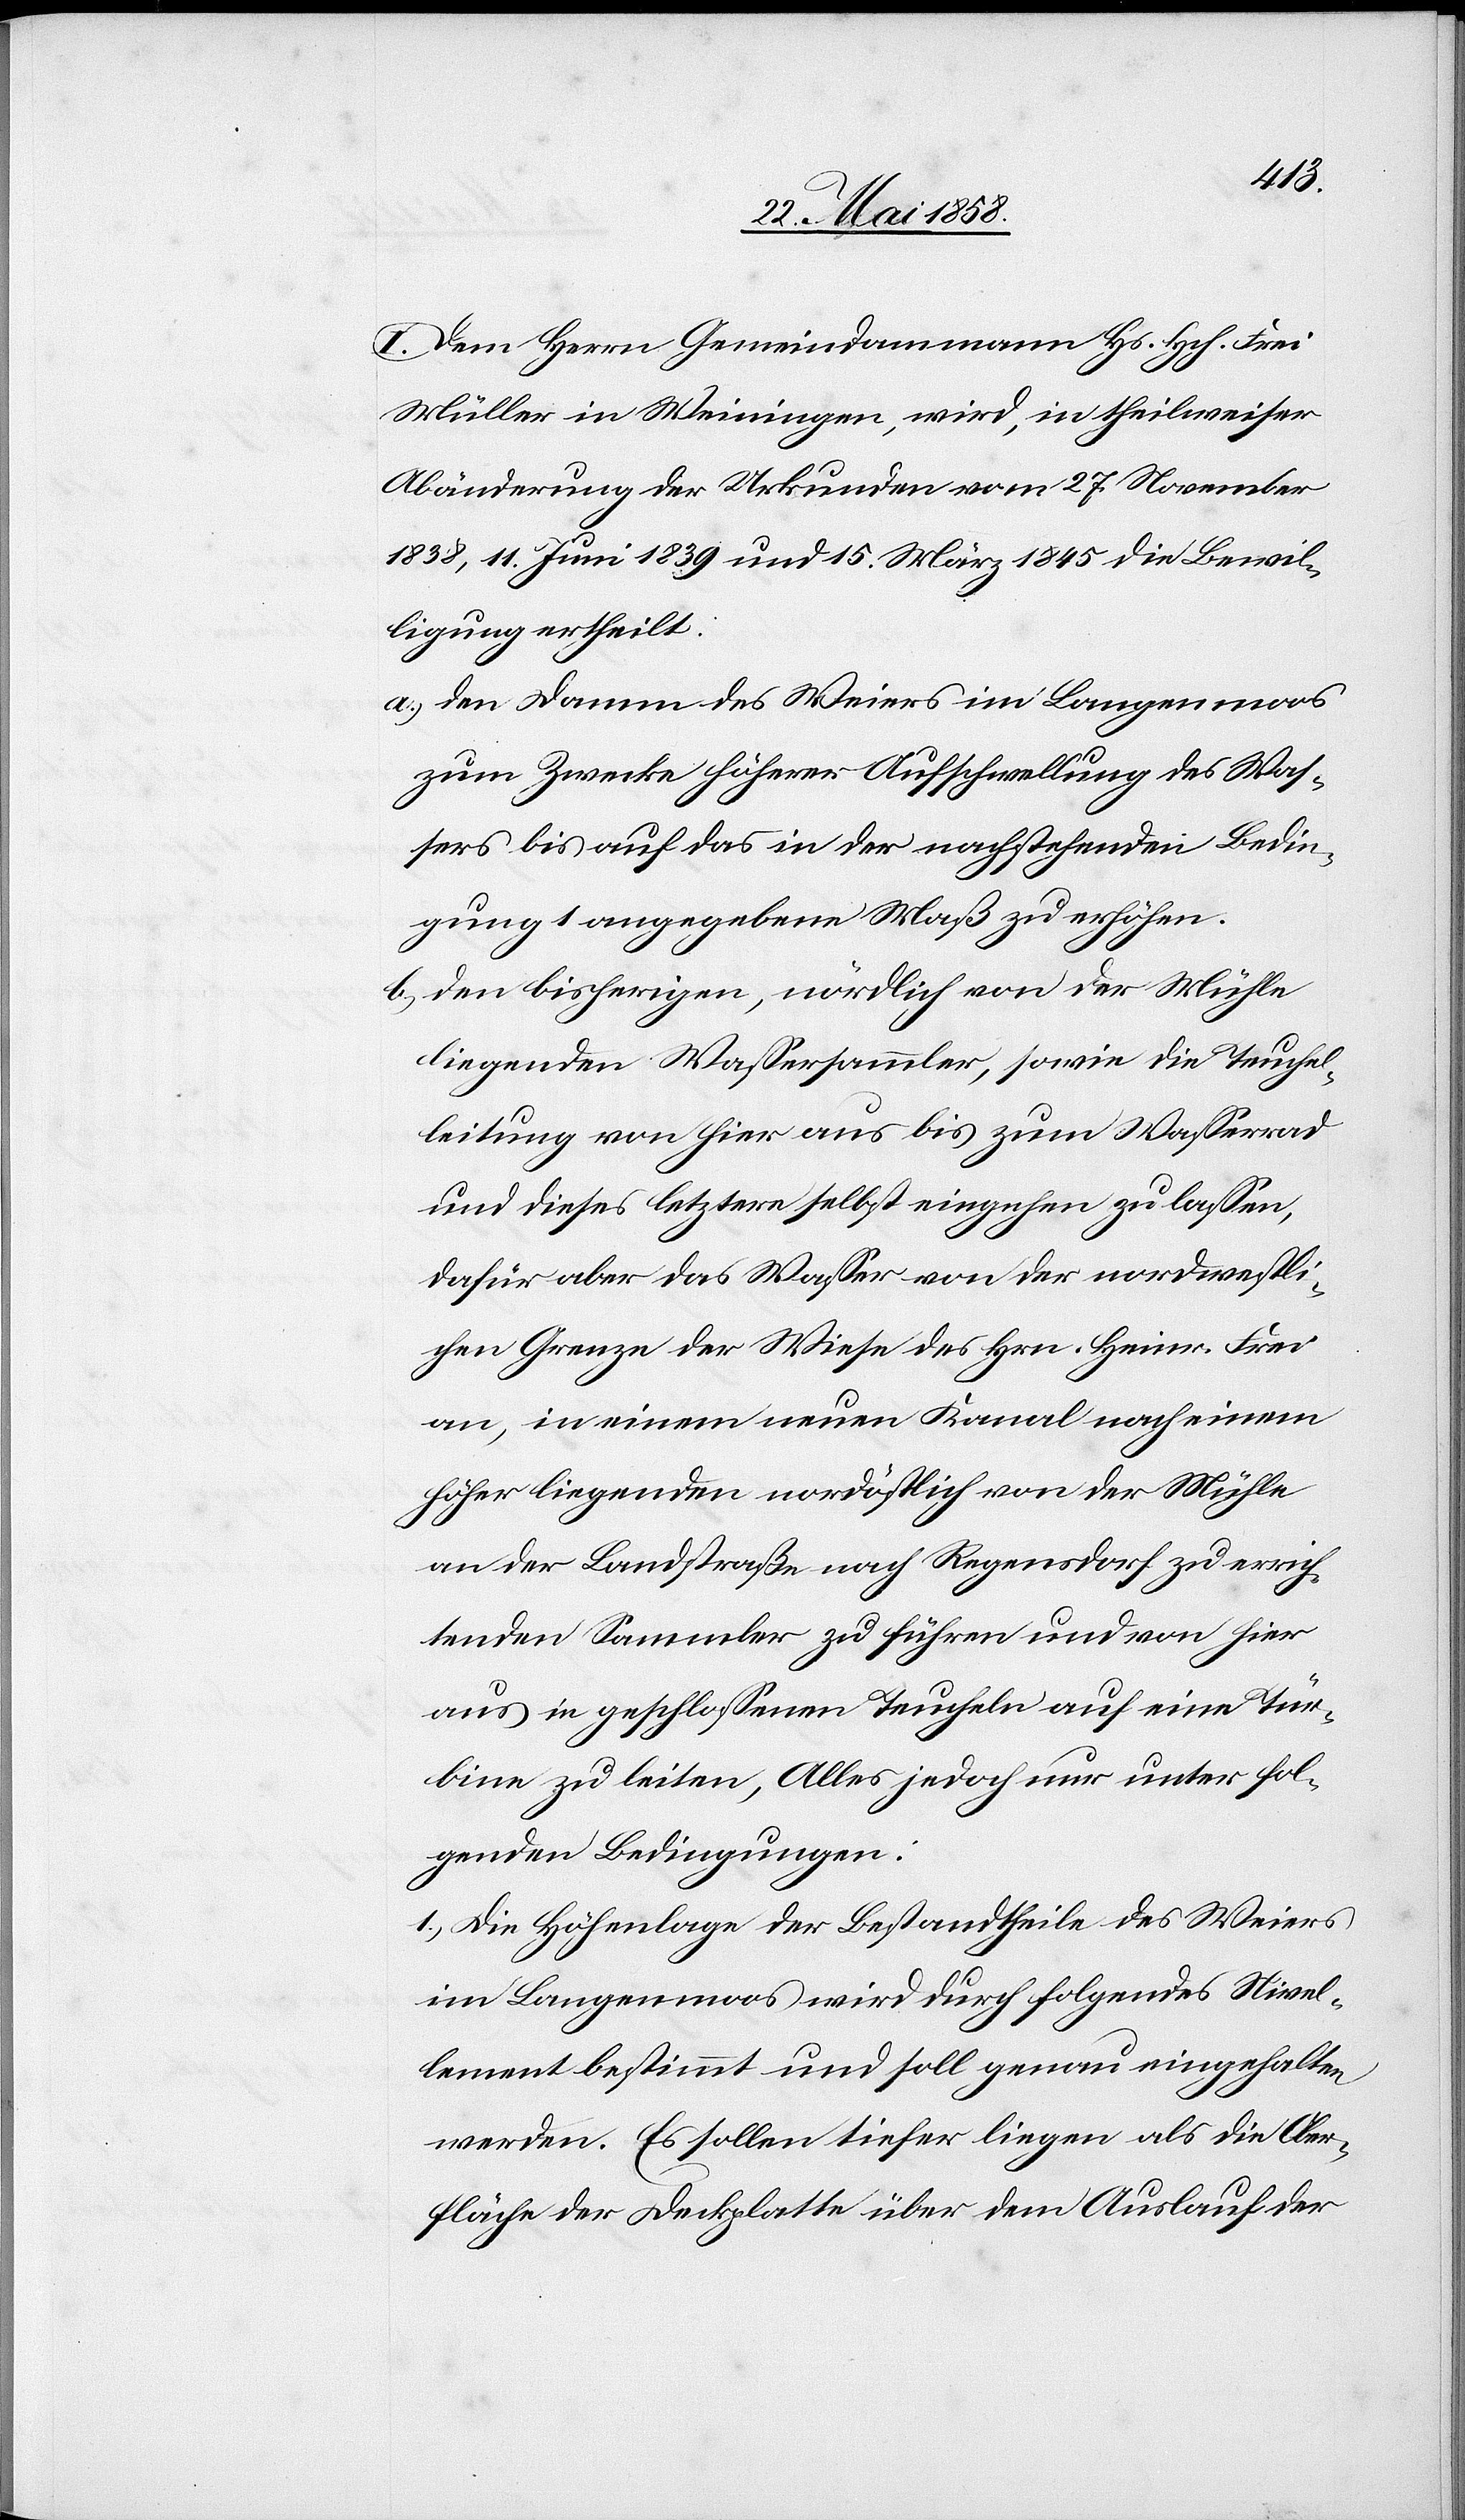
I. Dem Herrn Gemeindammann Hs. Hch. Frei
Müller in Weiningen, wird, in theilweiser
Abänderung der Urkunden vom 27. November
1838, 11. Juni 1839 und 15. März 1845 die Bewil¬
ligung ertheilt:
a) den Damm des Weiers im Langenmoos
zum Zwecke höherer Aufschwellung des Was¬
sers bis auf das in der nachstehenden Bedin¬
gung 1 angegebene Maß zu erhöhen.
b) den bisherigen, nördlich von der Mühle
liegenden Wassersammler, sowie die Teuchel¬
leitung von hier aus bis zum Wasserrad
und dieses letztere selbst eingehen zu lassen,
dafür aber das Wasser von der nordwestli¬
chen Grenze der Wiese des Hrn. Heinr. Frei
an, in einem neuen Kanal nach einem
höher liegenden nordöstlich von der Mühle
an der Landstraße nach Regensdorf zu errich¬
tenden Sammler zu führen und von hier
aus in geschlossenen Teucheln auf eine Tür¬
bine zu leiten, Alles jedoch nur unter fol¬
genden Bedingungen:
1. Die Höhenlage der Bestandtheile des Weiers
im Langenmoos wird durch folgendes Nivel¬
lement bestimmt und soll genau eingehalten
werden. Es sollen tiefer liegen als die Ober¬
fläche der Deckplatte über den Auslauf der